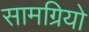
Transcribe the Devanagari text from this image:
सामग्रियो